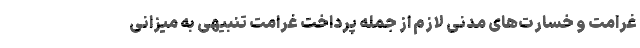
غرامت و خسارت‌های مدنی لازم از جمله پرداخت غرامت تنبیهی به میزانی